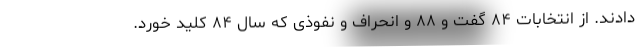
دادند. از انتخابات ۸۴ گفت و ۸۸ و انحراف و نفوذی که سال ۸۴ کلید خورد.